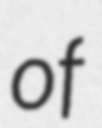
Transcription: of